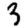
Digit: 3